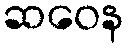
ဆဝေန